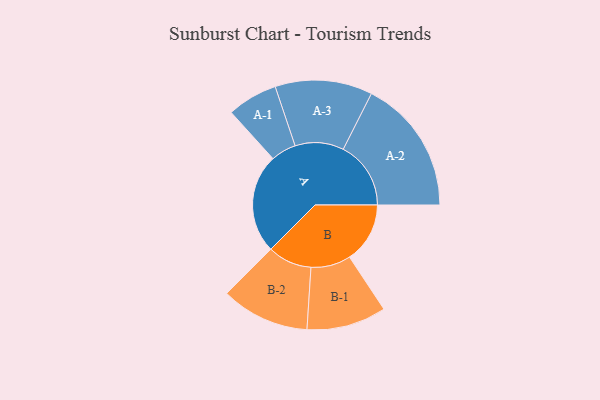
{"axis": {"x": "Segment", "y": "Value"}, "legend": ["", "A", "B"], "data": [{"x": "A", "y": 429, "type": ""}, {"x": "B", "y": 261, "type": ""}, {"x": "A-1", "y": 109, "type": "A"}, {"x": "A-2", "y": 292, "type": "A"}, {"x": "A-3", "y": 210, "type": "A"}, {"x": "B-1", "y": 172, "type": "B"}, {"x": "B-2", "y": 191, "type": "B"}]}